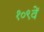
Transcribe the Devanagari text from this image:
१०९वें